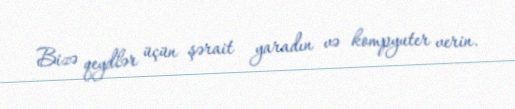
Bizə qeydlər üçün şərait yaradın və kompyuter verin.